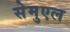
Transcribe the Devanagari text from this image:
सेमुएल